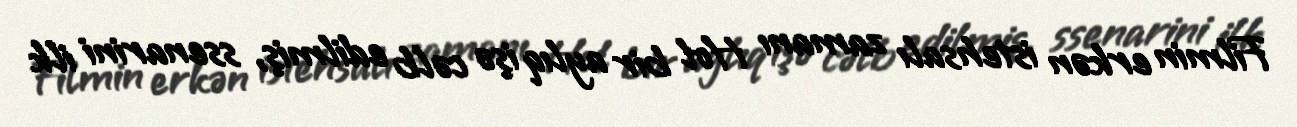
Filmin erkən istehsalı zamanı Hol bir aylıq işə cəlb edilmiş, ssenarini ilk